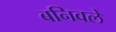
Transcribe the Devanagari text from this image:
बनिवले